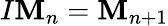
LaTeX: I\mathbf{M}_{n}=\mathbf{M}_{n+1}